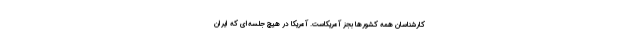
کارشناسان همه کشورها بجز آمریکاست. آمریکا در هیچ جلسه‌ای که ایران